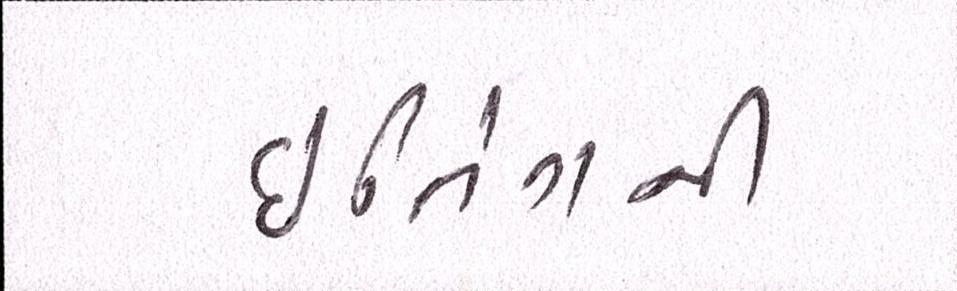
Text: ઈનિંગની